Vital statistics of India. Vol. V, Reports of 1876 on armies & jails and on epidemic cholera
Year: 1876
Disease focus: Cholera
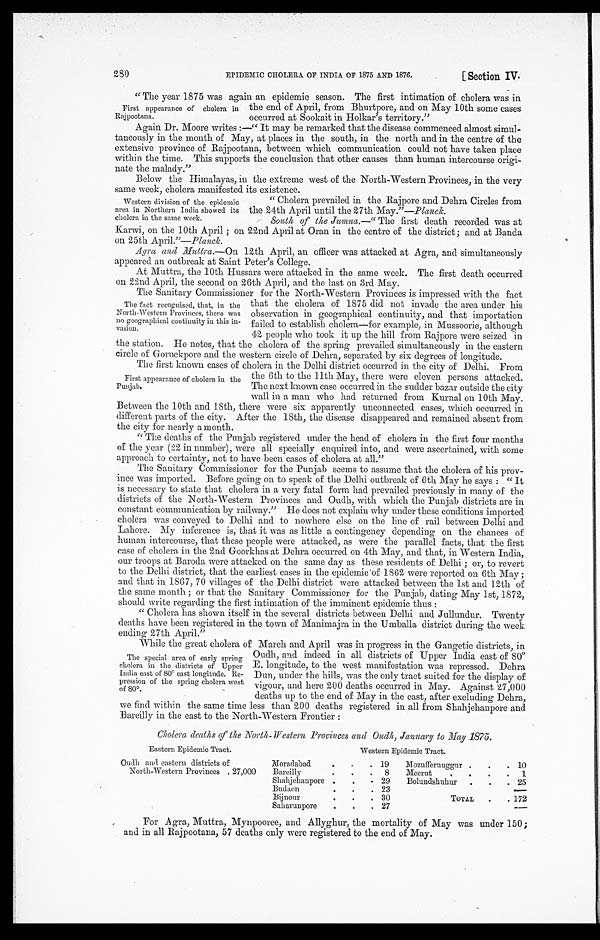
280
EPIDEMIC CHOLERA OF INDIA OF 1875 AND 1876.
[ Section IV.
"The year 1875 was again an epidemic season. The first intimation of cholera was in
First appearance of cholera in
Rajpootana.
the end of April, from Bhurtpore, and on May 10th some cases
oeenrred at Sookait in Holkar's territory."
Again Dr. Moore writes It may be remarked that the disease commenced almost simul-
taneously in the month of May, at places in the south, in the north and in the centre of the
extensive province of Rajpootana, between which communication could not have taken place
within the time. This supports the conclusion that other causes than human intercourse origi-
nate the malady."
Below the Himalayas, in the extreme west of the North-Western Provinces, in the very
same week, cholera manifested its existence.
" Cholera prevailed in the Rajpore and Dehra Circles from
the 24th April until the 27th May."—Planck.
South of the Iunina.—" The first death recorded was at
Karwi, on the 10th April ; on 22nd April at Oran in the centre of the district; and at Banda
on 25th April."—Planck.
Agra and AlnUra.—On 12th April, an officer was attacked at Agra, and simultaneously
appeared an outbreak at Saint Peter's College.
At Muttra, the 10th Hussars were attacked in the same week. The first death occurred
on 22nd April, the second on 26th April, and the last on 3rd May.
The Sanitary Commissioner for the North-Western Provinces is impressed with the fact
that the cholera of 1875 did not invade the area under his
observation in geographical continuity, and that importation
failed to establish cholera—for example, in Mussoorie, although
42 people who took it up the hill from Rajpore were seized in
the station. He notes, that the cholera of the spring prevailed simultaneously in the eastern
circle of Goruckpore and the western circle of Dehra, separated by six degrees of longitude.
The first known cases of cholera in the Delhi district occurred in the city of Delhi. From
the 6th to the 11th May, there were eleven persons attacked.
The next known case occurred in the sudcler bazar outside the city
wall in a man who had returned from Kurnal on 10th May.
Between the 10th and 18th, there were six apparently unconnected cases, which occurred in
different parts of the city. After the 18th, the disease disappeared and remained absent from
the city for nearly a month.
"The deaths of the Punjab registered under the head of cholera. in the first four months
of the year (22 in number), were all specially enquired into, and were ascertained, with some
approach to certainty, not to have been cases of cholera at all."
The Sanitary Commissioner for the Punjab seems to assume that the cholera of his prov-
ince was imported. Before going on to speak of the Delhi outbreak of 6th May he says : " It
is necessary to state that cholera in a very fatal form had prevailed previously in many of the
districts of the North-Western Provinces and Oudh, with which the Punjab districts are in
constant communication by railway." He does not explain why under these conditions imported
cholera was conveyed to Delhi and to nowhere else on the line of rail between Delhi and
Lahore. My inference is, that it was as little a contingency depending on the chances of
human intercourse, that these people were attacked, as were the parallel facts, that the first
case of cholera in the 2nd Goorkhas at Dehra occurred on 4th May, and that, in Western India,
our troops at Baroda were attacked on the same day as these residents of Delhi ; or, to revert
to the Delhi district, that the earliest cases in the epidemic'of 1862 were reported on 6th May;
and that in 1867, 70 villages of the Delhi district were attacked between the 1st and 12th of
the same month ; or that the Sanitary Commissioner for the Punjab, dating May 1st, 1872,
should write regarding the first intimation of the imminent epidemic thus :
" Cholera has shown itself in the several districts between Delhi and Jullundur. Twenty
deaths have been registered in the town of Manimajra in the Umballa district during the week
endin, 27th April."
While the great cholera of March and April was in progress in the Gangetic districts, in
Oudh, acrd indeed in all districts of Upper India east of 80°E
. longitude, to the west manifestation was repressed. Dehra
Dun, under the hills, was the only tract suited for the display of
vigour, and here 200 deaths occurred in May. Against '27,000
deaths up to the end of May in the east, after excluding Dehra,
we find within the same time less than 200 deaths registered in all from Shahjehanpore and
Bareilly in the east to the North-Western Frontier :
Cholera deaths of the 11Torg -1restenz, Provinces and Oudh., January to Hay 1875.
Eastern Epidemic Tract.
Western Epidemic Tract.
Oudh and eastern districts of
Moradabad
.
.
. 19
Mozufreruuggur .
.
. 10
North-Western Provinces . 27,000
Bareilly
.
.
. S
Meerut
.
.
.
.
1
Shahjehanpore .
.
- 29
Bolundshuhur
.
.
. 25
Budaon
.
.
. 23
Bijnour
.
.
. 30
TOTAL
.
. 172
Saharunpore
.
.
. 27
—
For Agra, Muttra, Mynpooree, and Allyghur, the mortality of May was under 150 ;
and in all Rajpootana, 57 deaths only were registered to the end of May.
Western division of the epidemic
area in Northern India showed its
cholera in the same week.
The fact recognised, that, in the
North-Western Provinces, there was
no geographical continuity in this in-
vasion.
First appearance of cholera in the
Punjab.
The special area of early spring
cholera in the districts of Upper
India east of SO° east longitude. Re-
pression of the spring cholera west
of SO°.